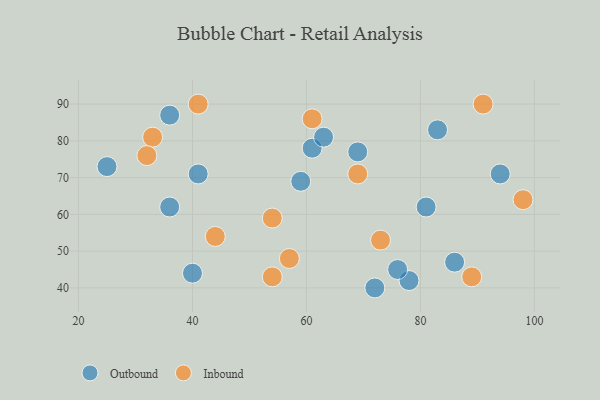
{"axis": {"x": "GDP", "y": "Life Expectancy"}, "legend": ["Inbound", "Outbound"], "data": [{"x": "69", "y": 77, "type": "Outbound"}, {"x": "83", "y": 83, "type": "Outbound"}, {"x": "81", "y": 62, "type": "Outbound"}, {"x": "61", "y": 78, "type": "Outbound"}, {"x": "40", "y": 44, "type": "Outbound"}, {"x": "25", "y": 73, "type": "Outbound"}, {"x": "59", "y": 69, "type": "Outbound"}, {"x": "78", "y": 42, "type": "Outbound"}, {"x": "86", "y": 47, "type": "Outbound"}, {"x": "41", "y": 71, "type": "Outbound"}, {"x": "36", "y": 87, "type": "Outbound"}, {"x": "76", "y": 45, "type": "Outbound"}, {"x": "36", "y": 62, "type": "Outbound"}, {"x": "72", "y": 40, "type": "Outbound"}, {"x": "63", "y": 81, "type": "Outbound"}, {"x": "94", "y": 71, "type": "Outbound"}, {"x": "89", "y": 43, "type": "Inbound"}, {"x": "33", "y": 81, "type": "Inbound"}, {"x": "54", "y": 59, "type": "Inbound"}, {"x": "41", "y": 90, "type": "Inbound"}, {"x": "57", "y": 48, "type": "Inbound"}, {"x": "98", "y": 64, "type": "Inbound"}, {"x": "73", "y": 53, "type": "Inbound"}, {"x": "44", "y": 54, "type": "Inbound"}, {"x": "69", "y": 71, "type": "Inbound"}, {"x": "32", "y": 76, "type": "Inbound"}, {"x": "61", "y": 86, "type": "Inbound"}, {"x": "91", "y": 90, "type": "Inbound"}, {"x": "54", "y": 43, "type": "Inbound"}]}